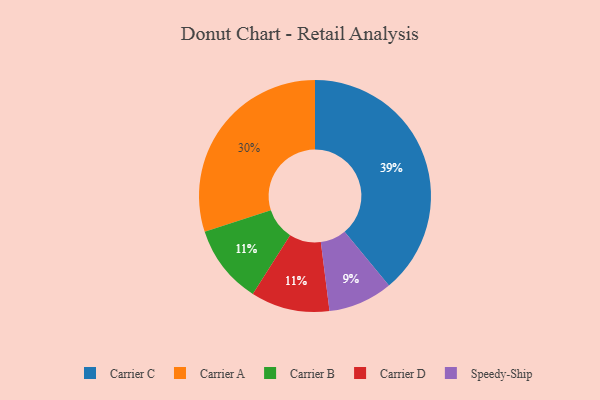
{"axis": {"x": "Category", "y": "Percentage"}, "legend": ["Carrier A", "Carrier B", "Carrier C", "Carrier D", "Speedy-Ship"], "data": [{"x": "Carrier B", "y": 11, "type": "Carrier B"}, {"x": "Speedy-Ship", "y": 9, "type": "Speedy-Ship"}, {"x": "Carrier A", "y": 30, "type": "Carrier A"}, {"x": "Carrier C", "y": 39, "type": "Carrier C"}, {"x": "Carrier D", "y": 11, "type": "Carrier D"}]}